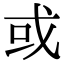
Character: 或